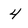
Character: 4